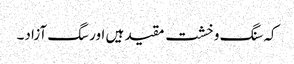
کہ سنگ و خشت مقید ہیں اور سگ آزاد۔